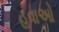
હવાઓ